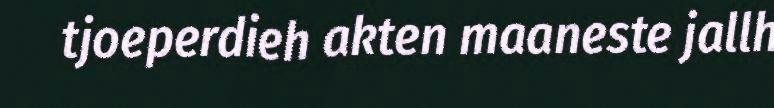
tjoeperdieh akten maaneste jallh